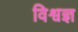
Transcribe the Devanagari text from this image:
विश्वज्ञ